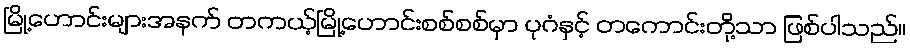
မြို့ဟောင်းများအနက် တကယ့်မြို့ဟောင်းစစ်စစ်မှာ ပုဂံနှင့် တကောင်းတို့သာ ဖြစ်ပါသည်။